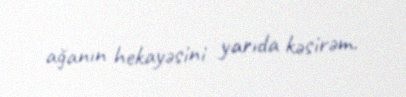
ağanın hekayəsini yarıda kəsirəm.